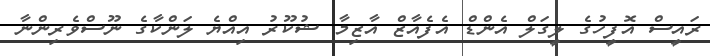
ރައީސް އޮފީހުގެ ލީގަލް އެންޑް އެފެއާޒް އާޒިމާ ޝުކޫރު އިއްޔެ ލަންކާގެ ނޫސްވެރިންނާ